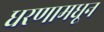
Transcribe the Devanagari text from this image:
धरणामधून